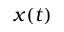
x ( t )